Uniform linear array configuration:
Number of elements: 12
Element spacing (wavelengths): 1
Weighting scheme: exponential
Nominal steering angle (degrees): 60
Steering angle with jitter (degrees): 59.509
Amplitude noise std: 0.05
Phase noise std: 0.05

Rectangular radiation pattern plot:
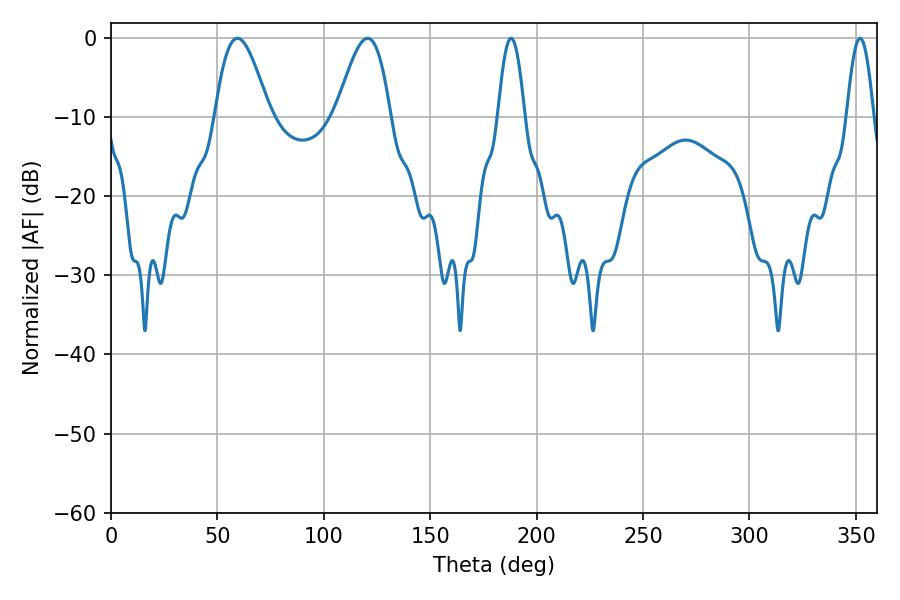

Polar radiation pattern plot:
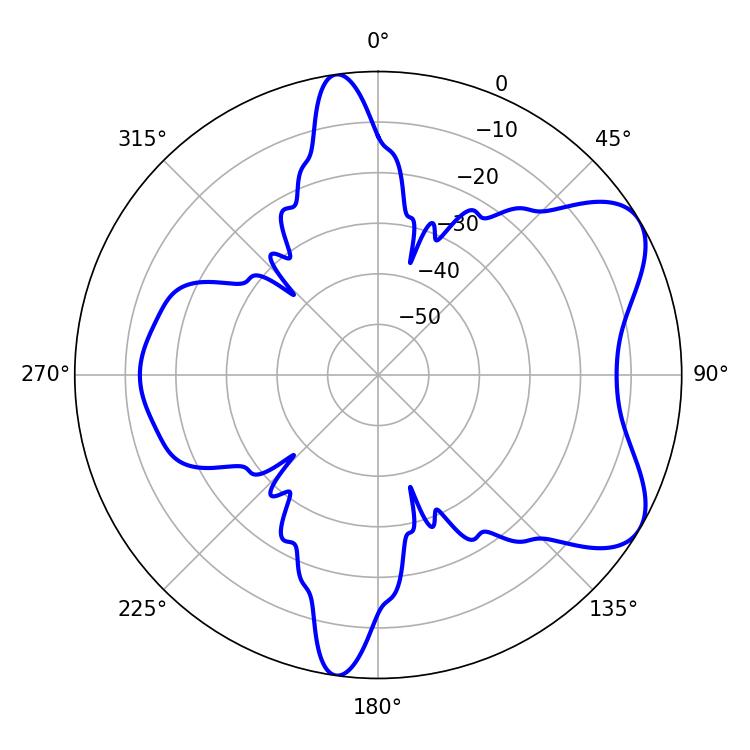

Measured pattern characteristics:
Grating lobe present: TRUE
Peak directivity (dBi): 6.757
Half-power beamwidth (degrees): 13.68
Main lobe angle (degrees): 59.4